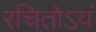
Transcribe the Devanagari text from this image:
रचितोऽयं